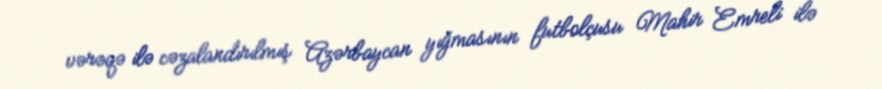
vərəqə ilə cəzalandırılmış Azərbaycan yığmasının futbolçusu Mahir Emreli ilə